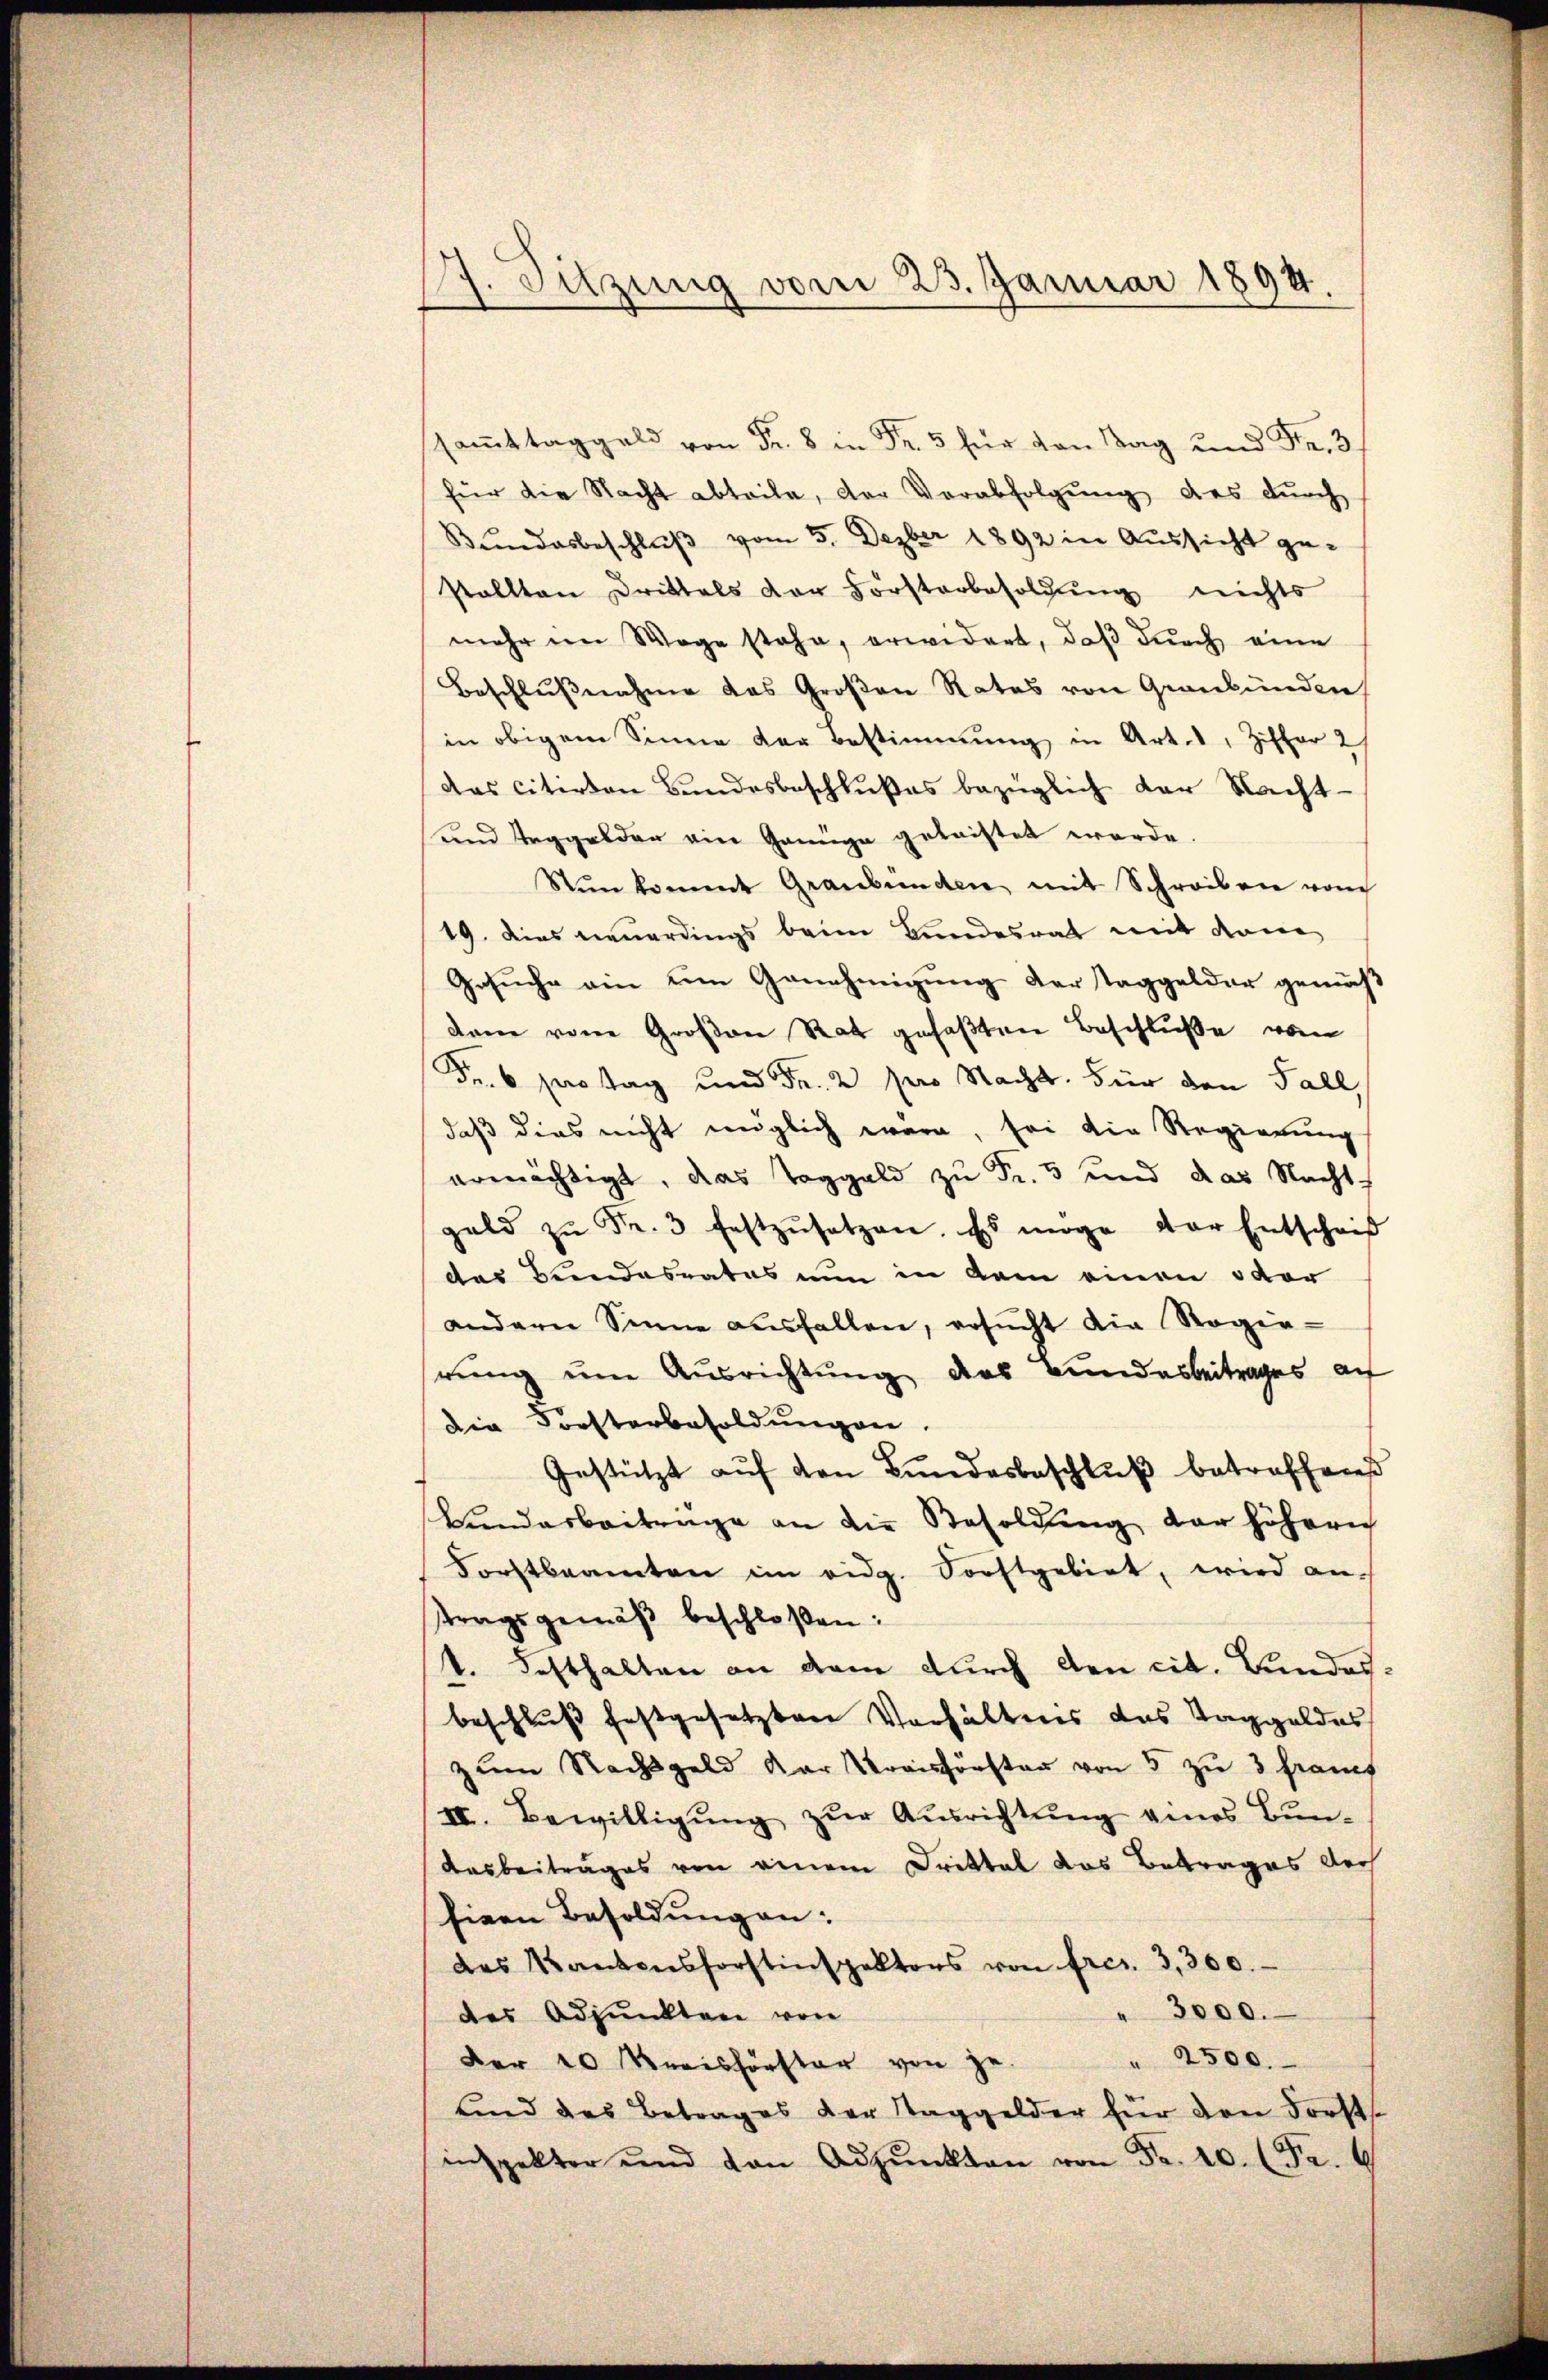
G. Sitzung vom 23. Januar 1894
.

.
für die Nacht abteile, der Verabfolgŭng des dŭrch
Bŭndesbeschlŭβ vom 5. Dezber 1892 in Aussicht gestallten Drittels der Forsterbesoldung nichts
mehr im Wege stehe, erwidert, daβ dŭrch eine
Beschlußnahme das Großen Rates von Graubünden
in obigem Sinne der Bestimmung in Art. 1, Ziffer 2/
das citirten Bundesbeschlußes bezüglich der Nacht¬
und Taggelder ein Genüge geleistet werde.
Nŭn kommt Graubünden mit Schreiben vom
19. Dies neuerdings beim Bundesrat mit den
Gesuche ein um Genehmigung der Taggelder gemäß
dann von Großen Rat gefaßten Beschluße vom
Fr. 6 partag und Fr. 2 pro Nacht. Für den Fall,
daß dies nicht möglich wäre, sei die Regierung
ermächtigt, das Taggeld zu Fr. 5 und das Nacht,
geld zŭ Fr. 3 festzŭsetzen. Es möge der Entscheid
des Bundesrates nun in dem einen oder
andern Sinne aŭsfallen, ersŭcht die Regie-
rung um Ausrichtung des Bundesbeitrages au
die Forsterbesoldungen.
Gestützt auf den Bundesbeschluß betreffend
Wundarbeitrage an die Besoldung der höherich
Forstbeamten im eidg. Sorftgebiet, wird an
tragsgemäβ beschloßen:
1. Festhalten an dem durch den cit. Bundesbeschlŭβ festgesetzten Verhältens das Taggeldes
zum Nachtgeld der Kreisförsten von 5 zu 3 francs
II. Bewilligung zur Ausrichtung eines Bun¬
Ausbeitrages von einem Drittel das Betrages doch
hiern Besoldung an:
des Kantonsforstinspektors von frei. 3,300.
3000.
des Adjunkten von
der 20 Kreisförster von je. " 2500.
und das Betrages der Taggelder für den Forst
inspekter und von Adpŭnkten von Fr. 10. (Fr. 6